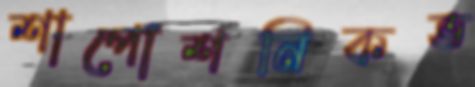
শাপোশনিকভ